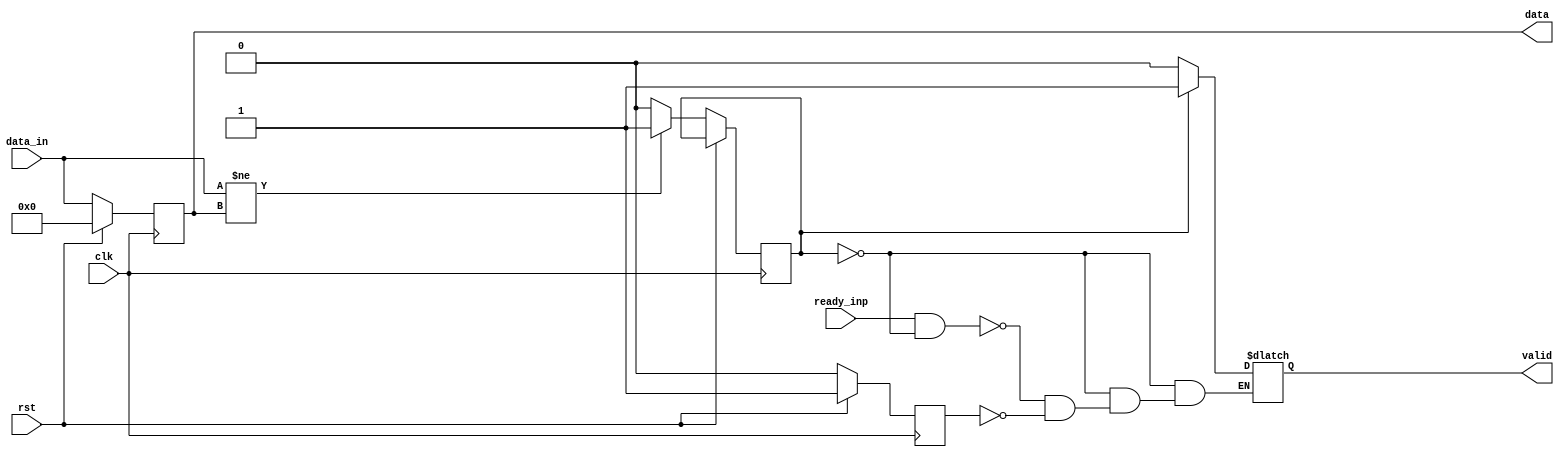

module Handshake_master(
 input clk , rst , ready_inp,
 input   wire [7:0] data_in,
 output  reg [7:0] data,
 output  reg valid  
);
  reg reset = 0;
  reg dataChanged = 0;
  reg [7:0]  prevData ;

always @(posedge clk) begin
    if (rst)begin
        reset <= 1;
        data <= 0;
    end
    else
    begin
        reset <= 0;
        data <= data_in;
         if (data_in != data) begin
            dataChanged <= 1'b1;
      end else begin
            dataChanged <= 1'b0;
      end
      prevData <= data;
    end
    end

always @(*)begin
    if (reset)
        valid = 0;
    if (dataChanged)
        valid = 1;
        else
    if (ready_inp == 1 && dataChanged == 0)
        valid = 0 ;  
        else
        valid = valid;      
end 
endmodule